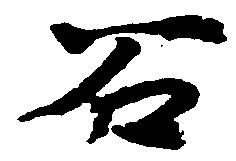
石